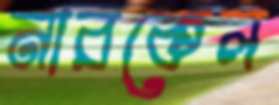
নারকেল